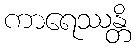
ကာရေဿန္တိ